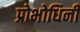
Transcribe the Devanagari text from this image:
प्रोभोधिनी